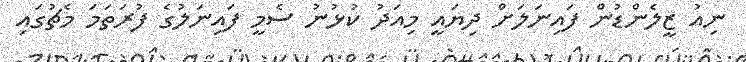
ނިއު ޒީލެންޑުން ފައިނަލަށް ދިޔައީ މިއަދު ކުޅުނު ސެމީ ފައިނަލުގެ ފުރަތަމަ މެޗުގައި